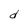
Character: d